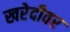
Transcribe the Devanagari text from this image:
खरेदीवर